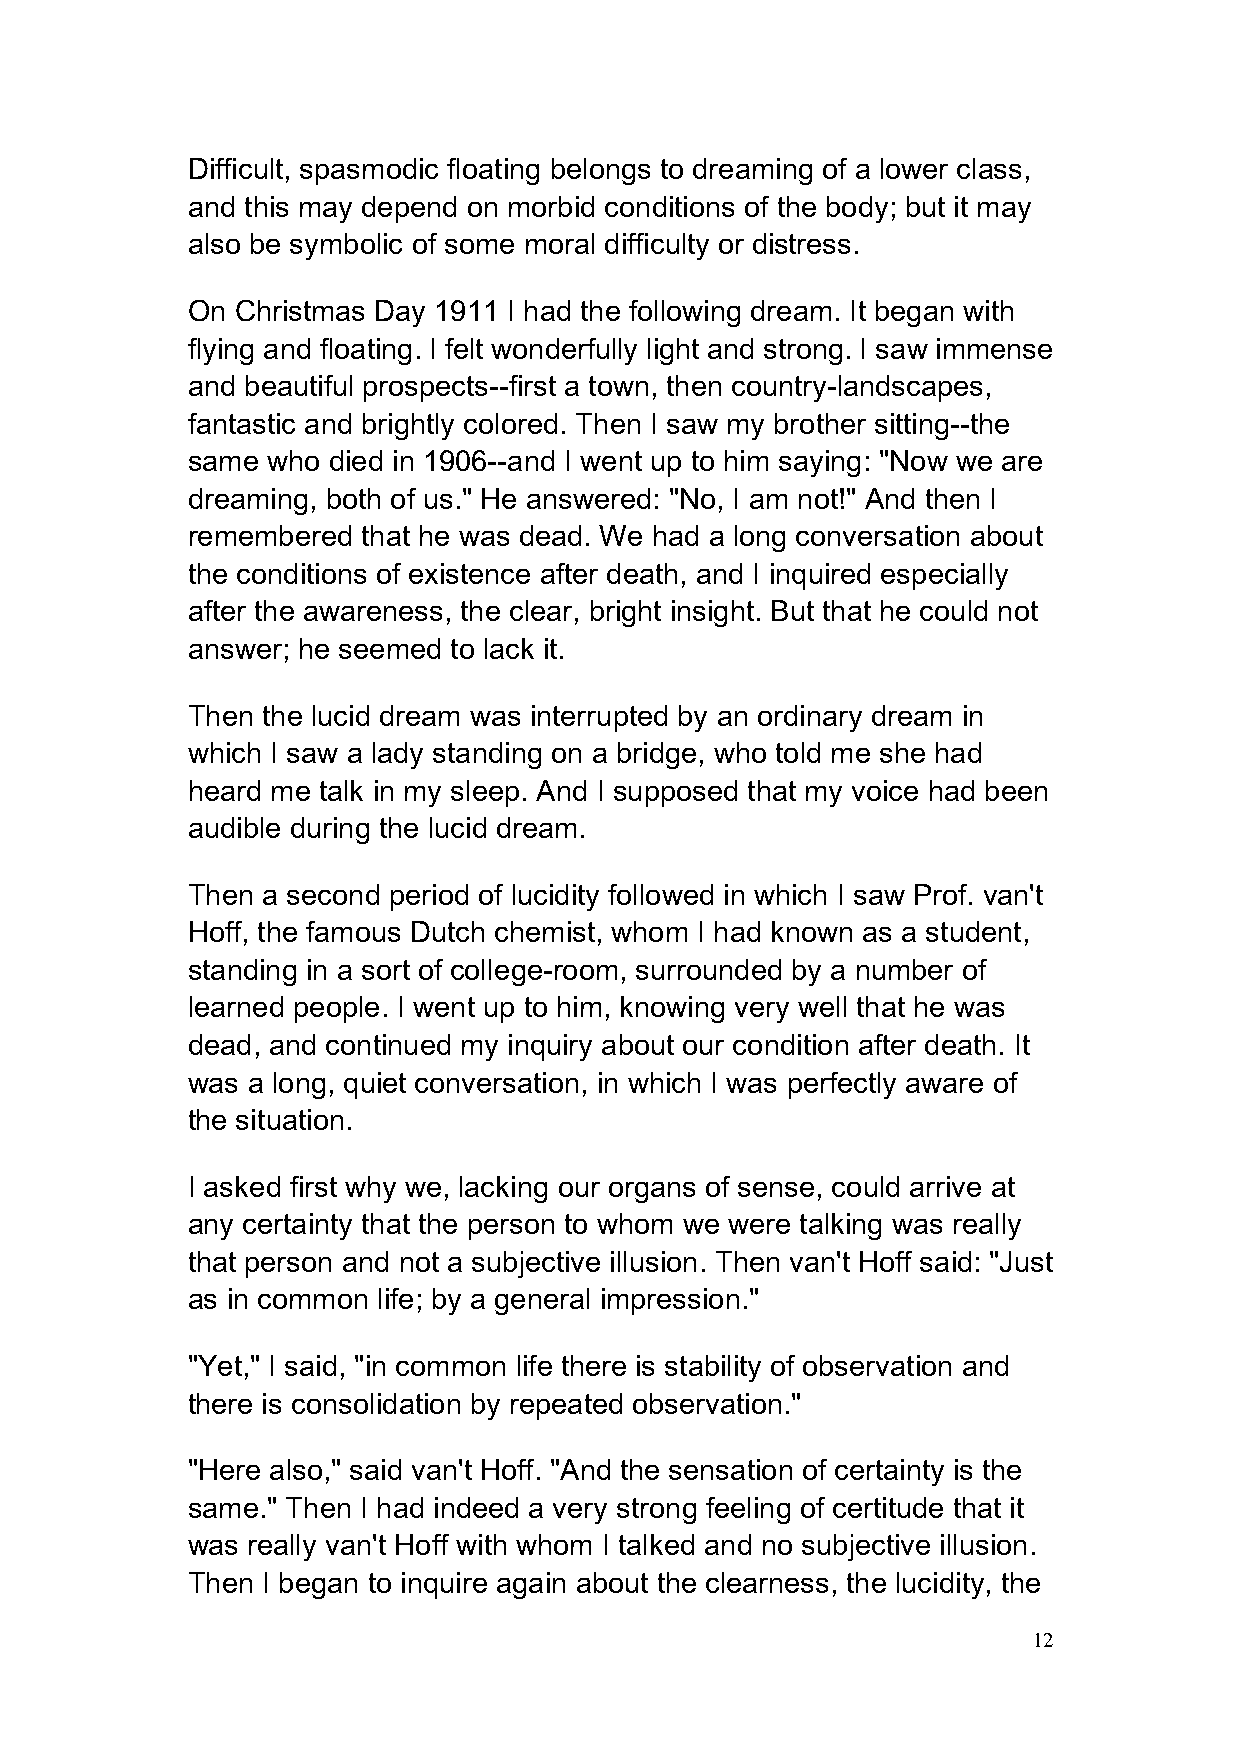
Difficult, spasmodic floating belongs to dreaming of a lower class,
 and this may depend on morbid conditions of the body; but it may
 also be symbolic of some moral difficulty or distress.
 On  Christmas Day 1911 I had the following dream. It began with
 flying and floating. I felt wonderfully light and strong. I saw immense
 and beautiful prospects--first a town, then country-landscapes,
 fantastic and brightly colored. Then I saw my brother sitting--the
 same  who died in 1906--and I went up to him saying: "Now we are
 dreaming, both of us." He answered: "No, I am not!" And then I
 remembered  that he was dead. We had a long conversation about
 the conditions of existence after death, and I inquired especially
 after the awareness, the clear, bright insight. But that he could not
 answer; he seemed to lack it.
 Then the lucid dream was interrupted by an ordinary dream in
 which I saw a lady standing on a bridge, who told me she had
 heard me talk in my sleep. And I supposed that my voice had been
 audible during the lucid dream.
 Then a second period of lucidity followed in which I saw Prof. van't
 Hoff, the famous Dutch chemist, whom I had known as a student,
 standing in a sort of college-room, surrounded by a number of
 learned people. I went up to him, knowing very well that he was
 dead, and continued my inquiry about our condition after death. It
 was a long, quiet conversation, in which I was perfectly aware of
 the situation.
 I asked first why we, lacking our organs of sense, could arrive at
 any certainty that the person to whom we were talking was really
 that person and not a subjective illusion. Then van't Hoff said: "Just
 as in common life; by a general impression."
 "Yet," I said, "in common life there is stability of observation and
 there is consolidation by repeated observation."
 "Here also," said van't Hoff. "And the sensation of certainty is the
 same." Then I had indeed a very strong feeling of certitude that it
 was really van't Hoff with whom I talked and no subjective illusion.
 Then I began to inquire again about the clearness, the lucidity, the
 12